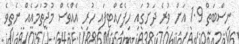
ނިސްބަތް 1.9 އަށް ވުރެ ދަށުގައި ހިފެހެއްޓިފައި ހުރި އެއްވެސް މުޖުތަމައެއް ނެތިވެ